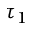
\tau _ { 1 }